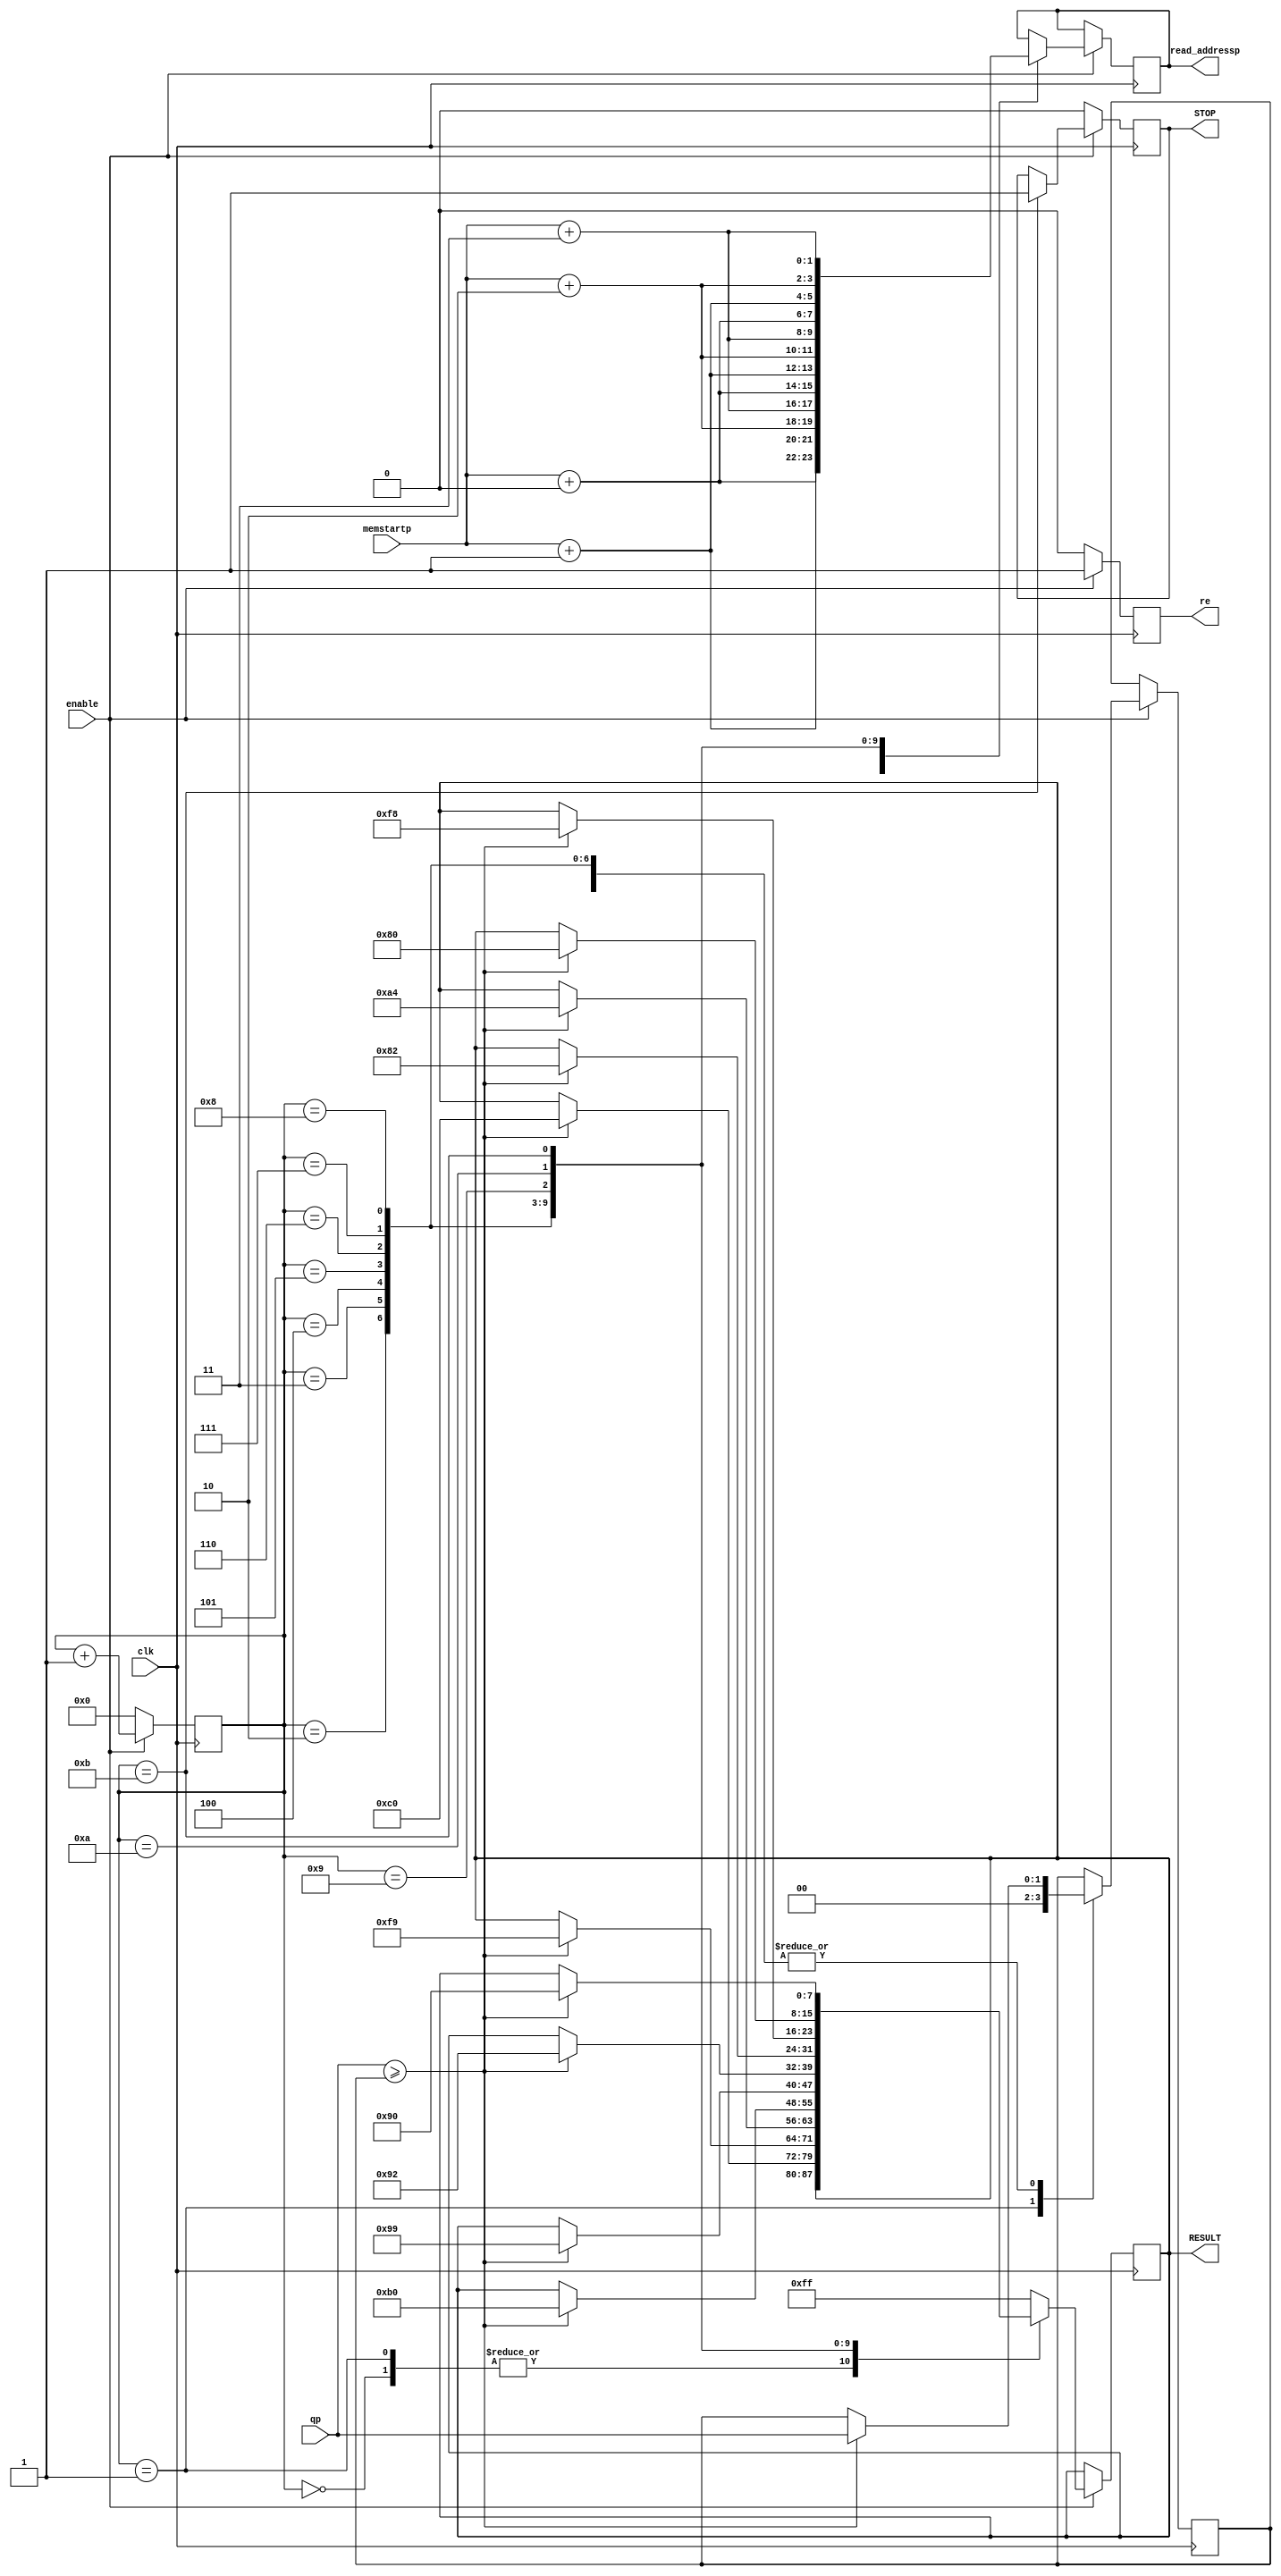
module result(clk,enable,STOP,memstartp,read_addressp,qp,re,RESULT);

parameter SIZE_1=0;
parameter SIZE_2=0;
parameter SIZE_3=0;
parameter SIZE_4=0;
parameter SIZE_address_pix=0;

input clk,enable;
output reg STOP;
input [SIZE_address_pix-1:0] memstartp;
input [SIZE_1-1:0] qp;
output reg re;
output reg [SIZE_address_pix-1:0] read_addressp;
output reg [7:0] RESULT;

reg [3:0] marker;
reg signed [SIZE_1-1:0] buff;

wire signed [SIZE_1-1:0]  p1;
always @(posedge clk)
begin
if (enable==1)
begin
re=1;
	case (marker)
	
		0: begin read_addressp=memstartp+0; end
		1: begin read_addressp=memstartp+1; buff = 0; end
		2: begin read_addressp=memstartp+2; if (p1>=buff) begin buff=p1; RESULT=8'b1100_0000; end end
		3: begin read_addressp=memstartp+3; if (p1>=buff) begin buff=p1; RESULT=8'b1111_1001; end end
		4: begin read_addressp=memstartp+4; if (p1>=buff) begin buff=p1; RESULT=8'b1010_0100; end end
		5: begin read_addressp=memstartp+5; if (p1>=buff) begin buff=p1; RESULT=8'b1011_0000; end end
		6: begin read_addressp=memstartp+6; if (p1>=buff) begin buff=p1; RESULT=8'b1001_1001; end end
		7: begin read_addressp=memstartp+7; if (p1>=buff) begin buff=p1; RESULT=8'b1001_0010; end end
		8: begin read_addressp=memstartp+8; if (p1>=buff) begin buff=p1; RESULT=8'b1000_0010; end end
		9: begin read_addressp=memstartp+9; if (p1>=buff) begin buff=p1; RESULT=8'b1111_1000; end end
		10: begin read_addressp=memstartp+10; if (p1>=buff) begin buff=p1; RESULT=8'b1000_0000; end end
		11: begin read_addressp=memstartp+11; if (p1>=buff) begin buff=p1; RESULT=8'b1001_0000; end STOP=1; end
		default: RESULT=8'b1111_1111;
		
	endcase
	
marker=marker+1;
end
else 
begin
re=0;
marker=0;
STOP=0;
end
end

assign p1=qp[SIZE_1-1:0];
endmodule